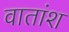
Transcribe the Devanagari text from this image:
वातांश